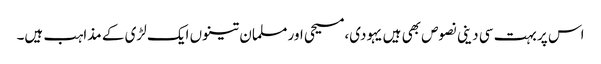
اس پر بہت سی دینی نصوص بھی ہیں یہودی،مسیحی اور مسلمان تینوں ایک لڑی کے مذاہب ہیں۔